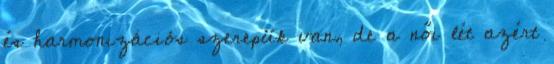
és harmonizációs szerepük van, de a női lét azért